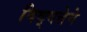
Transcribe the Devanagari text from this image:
विद्वत्तेने